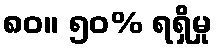
၈၀။ ၅၀% ရရှိမှု